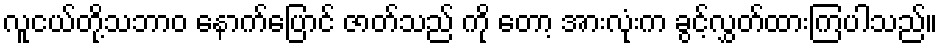
လူငယ်တို့သဘာဝ နောက်ပြောင် ဇာတ်သည် ကို တော့ အားလုံးက ခွင့်လွှတ်ထားကြပါသည်။